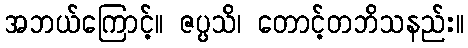
အဘယ်ကြောင့်။ ဇပ္ပသိ၊ တောင့်တဘိသနည်း။